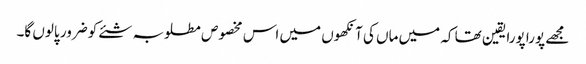
مجھے پورا پورا یقین تھا کہ میں ماں کی آنکھوں میں اس مخصوص مطلوبہ شئے کو ضرور پالوں گا۔